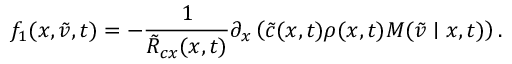
f _ { 1 } ( x , \tilde { v } , t ) = - \frac { 1 } { \tilde { R } _ { c x } ( x , t ) } \partial _ { x } \left( \tilde { c } ( x , t ) \rho ( x , t ) M ( \tilde { v } \mid x , t ) \right) .